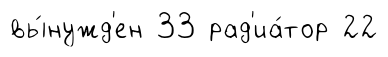
вы́нужд'ен 33 рад'иа́тор 22